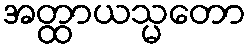
အတ္ထာယသ္မတော